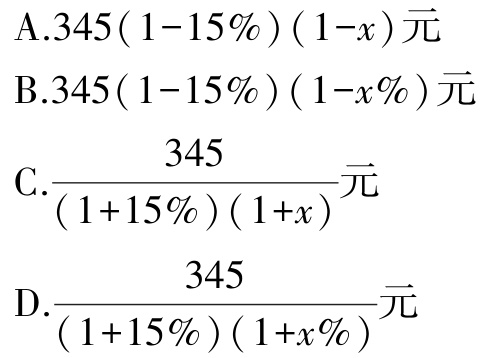
A.$345(1 - 15\%)(1 - x)\text{元}$

B.$345(1 - 15\%)(1 - x\%)\text{元}$

C.$\frac{345}{(1 + 15\%)(1 + x)}\text{元}$

D.$\frac{345}{(1 + 15\%)(1 + x\%)}\text{元}$